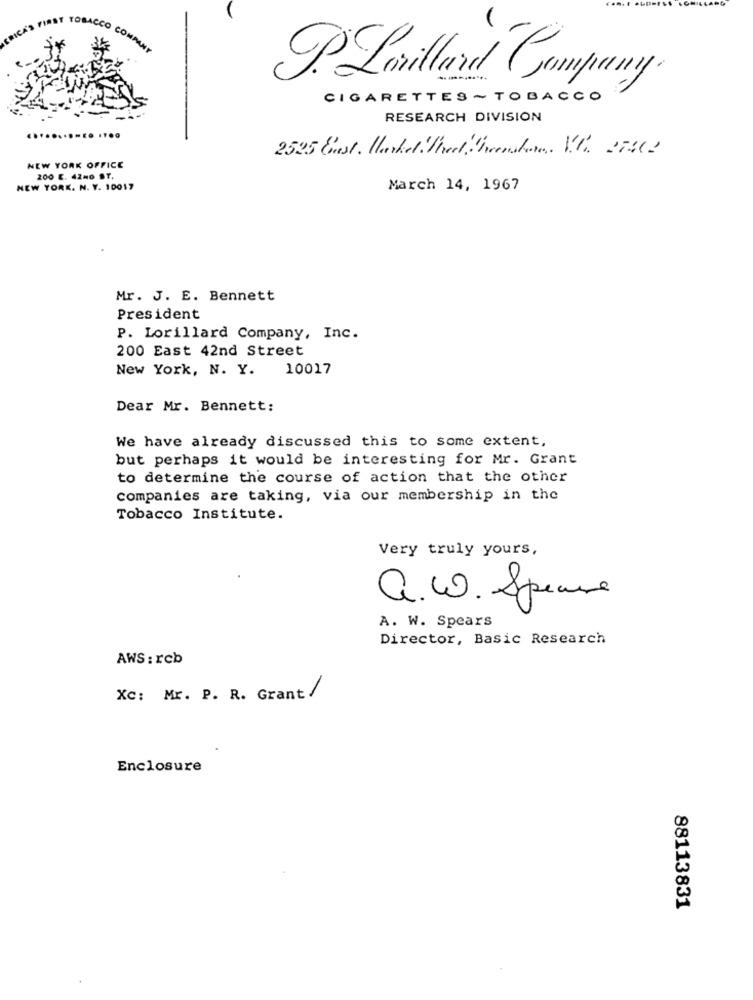
P.Lorillard Company.
CIGARETTES ~ TOBACCO
RESEARCH DIVISION
2525 Est. Merkel Ihad beenshow. V.C. 27H2
NEW YORK OFFICE
200 E. 42No ST,
NEW YORK. N. Y. 10017
March 14, 1967
Mr. J. E. Bennett
President
P. Lorillard Company, Inc.
200 East 42nd Street
New York, N. Y. 10017
Dear Mr. Bennett:
We have already discussed this to some extent,
but perhaps it would be interesting for Mr. Grant
to determine the course of action that the other
companies are taking, via our membership in the
Tobacco Institute.
Very truly yours,
a.W. Speare
A. W. Spears
Director, Basic Research
AWS : rcb
Xc: Mr. P. R. Grant /
Enclosure
88113831